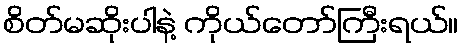
စိတ်မဆိုးပါနဲ့ ကိုယ်တော်ကြီးရယ်။